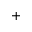
^ { + }